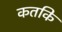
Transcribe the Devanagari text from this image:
कतकि